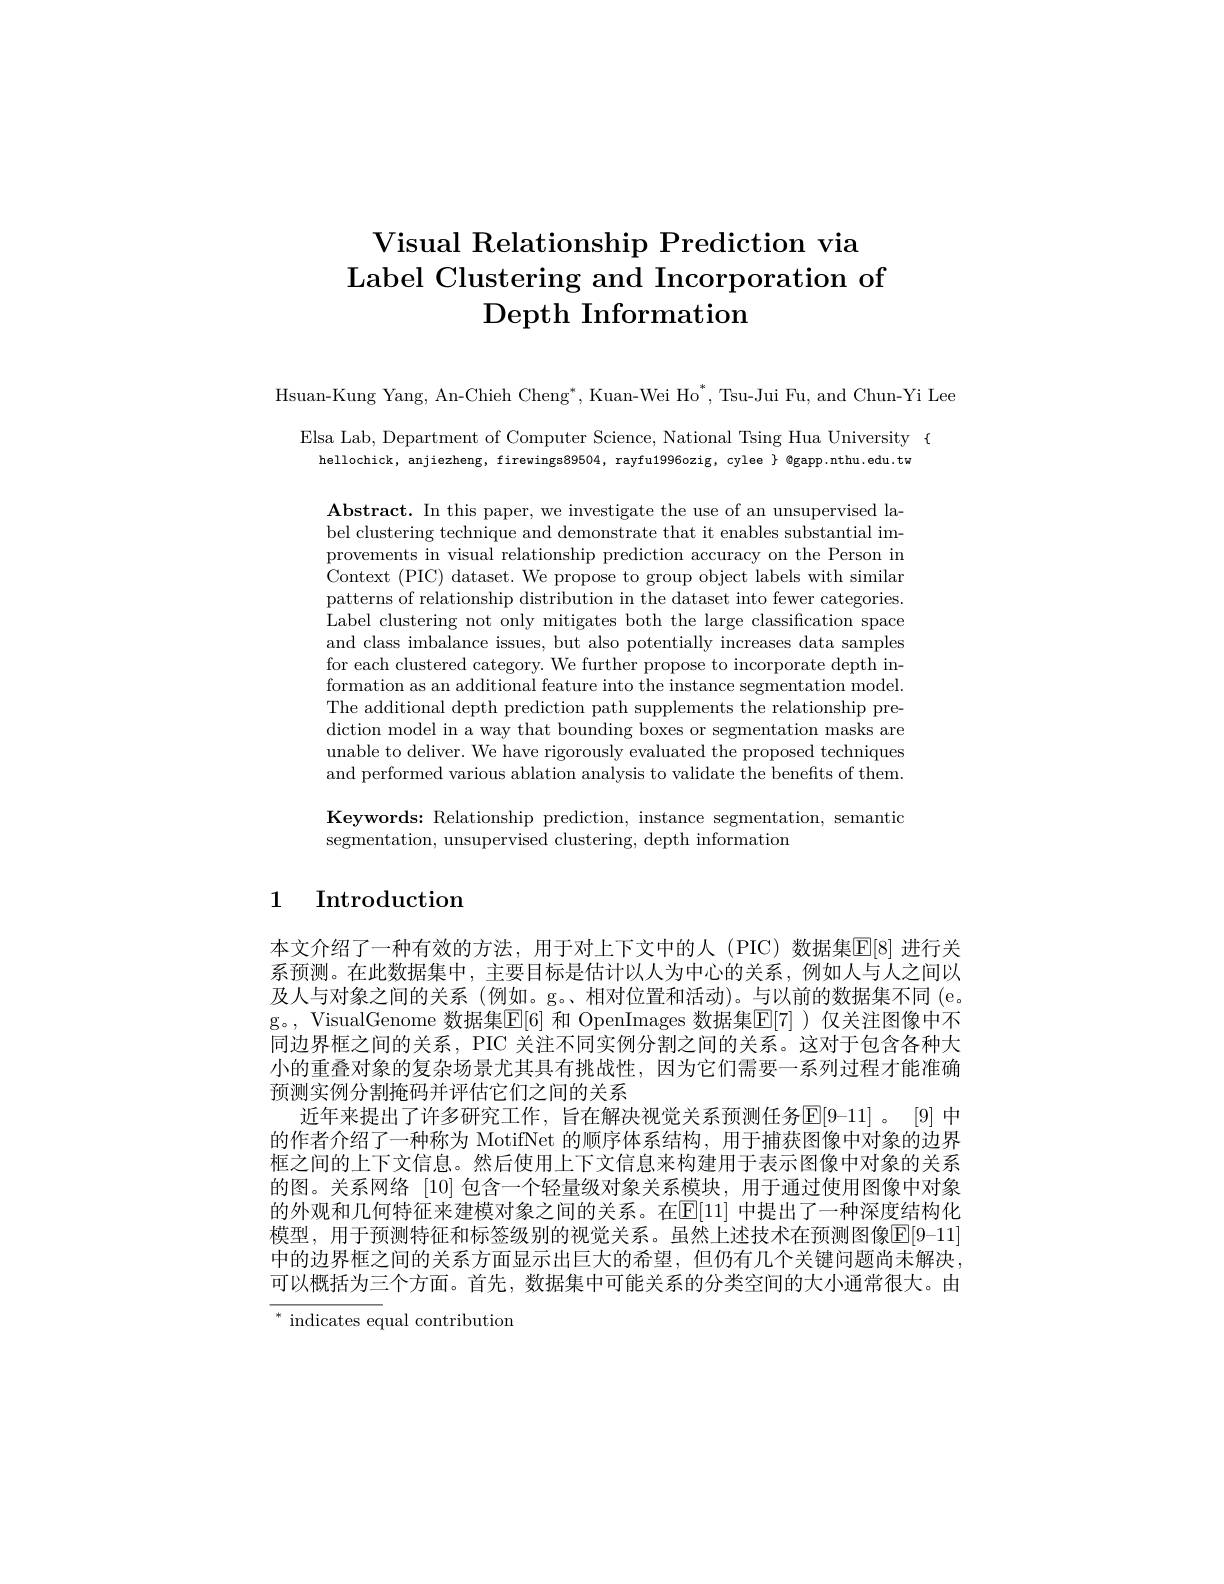
# Visual Relationship Prediction via Label Clustering and Incorporation of Depth Information

Hsuan-Kung Yang, An-Chieh Cheng", Kuan-Wei Ho", Tsu-Jui Fu, and Chun-Yi Lee

Elsa Lab, Department of Computer Science, National Tsing Hua University {
hellochick, anjiezheng, firewings89504, rayfu1996ozig, cylee $\}$ @gapp.nthu.edu.tw

$\mathbf{Abstract.~In~this~paper,~we~investigate~the~use~of~an~unsupervised~la-}$ bel clustering technique and demonstrate that it enables substantial improvements in visual relationship prediction accuracy on the Person in Context (PIC) dataset. We propose to group object labels with similar patterns of relationship distribution in the dataset into fewer categories. Label clustering not only mitigates both the large classification space and class imbalance issues, but also potentially increases data samples for each clustered category. We further propose to incorporate depth information as an additional feature into the instance segmentation model. The additional depth prediction path supplements the relationship prediction model in a way that bounding boxes or segmentation masks are unable to deliver. We have rigorously evaluated the proposed techniques and performed various ablation analysis to validate the benefits of them. Keywords: Relationship prediction, instance segmentation, semantic segmentation, unsupervised clustering, depth information

# 1 Introduction

本文介绍了一种有效的方法，用于对上下文中的人(PIC)数据集$\mathbb{E}[8]$ 进行关系预测。在此数据集中，主要目标是估计以人为中心的关系，例如人与人之间以及人与对象之间的关系(例如。g。、相对位置和活动)。与以前的数据集不同(e。g。, VisualGenome 数据集$\mathbb{E}[6]$ 和 OpenImages 数据集$\mathbb{E}[7]$ )仅关注图像中不同边界框之间的关系，PIC 关注不同实例分割之间的关系。这对于包含各种大小的重叠对象的复杂场景尤其具有挑战性，因为它们需要一系列过程才能准确预测实例分割掩码并评估它们之间的关系
近年来提出了许多研究工作，旨在解决视觉关系预测任务E[ 9- 11] 。[9] 中的作者介绍了一种称为 MotifNet 的顺序体系结构，用于捕获图像中对象的边界框之间的上下文信息。然后使用上下文信息来构建用于表示图像中对象的关系的图。关系网络|10|包含一个轻量级对象关系模块，用于通过使用图像中对象的外观和几何特征来建模对象之间的关系。在E[11]中提出了一种深度结构化模型，用于预测特征和标签级别的视觉关系。虽然上述技术在预测图像E|9-11| 中的边界框之间的关系方面显示出巨大的希望，但仍有几个关键问题尚未解决， 可以概括为三个方面。首先，数据集中可能关系的分类空间的大小通常很大。由$^{*}$ indicates equal contribution